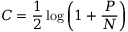
C = { \frac { 1 } { 2 } } \log \left( 1 + { \frac { P } { N } } \right) \,